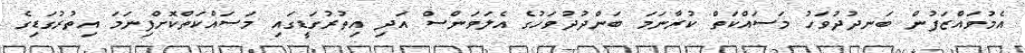
އެމުވައްޒަފުން ބަނދުދުވަހު މަސައްކަތް ކުރާނަމަ ބަންދުދުވަހުގެ އެލަވަންސް އަދި އިތުރުގަޑީގައި މަސައްކަތްކޮށްފިނަމަ އިތުރުގަޑިގެ